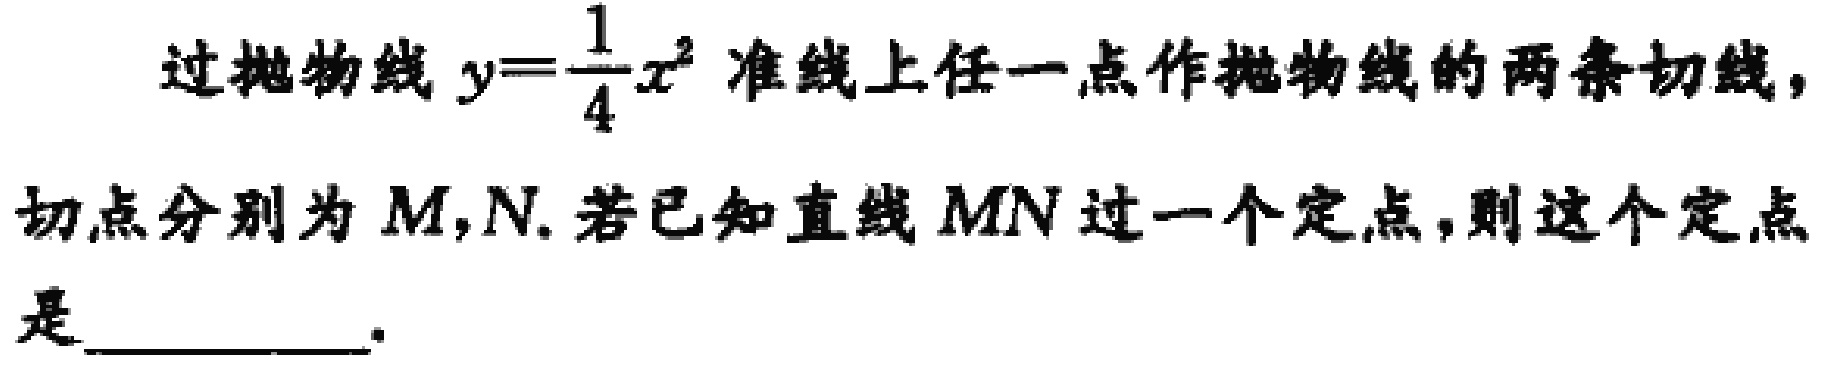
过抛物线\(y = \frac{1}{4}x^{2}\)准线上任一点作抛物线的两条切线，切点分别为\(M,N\). 若已知直线\(MN\)过一个定点，则这个定点是  。